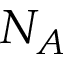
N _ { A }